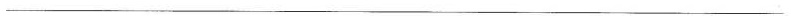
___